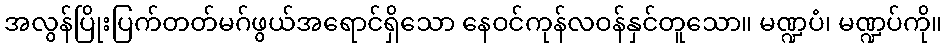
အလွန်ပြိုးပြက်တတ်မဂ်ဖွယ်အရောင်ရှိသော နေဝင်ကုန်လဝန်နှင်တူသော။ မဏ္ဍပံ၊ မဏ္ဍပ်ကို။